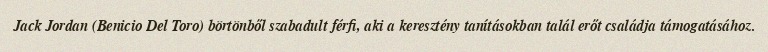
Jack Jordan (Benicio Del Toro) börtönből szabadult férfi, aki a keresztény tanításokban talál erőt családja támogatásához.